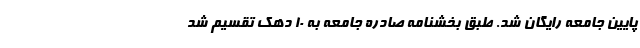
پایین جامعه رایگان شد. طبق بخشنامه صادره جامعه به ۱۰ دهک تقسیم شد